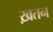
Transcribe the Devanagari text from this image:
ख़तन